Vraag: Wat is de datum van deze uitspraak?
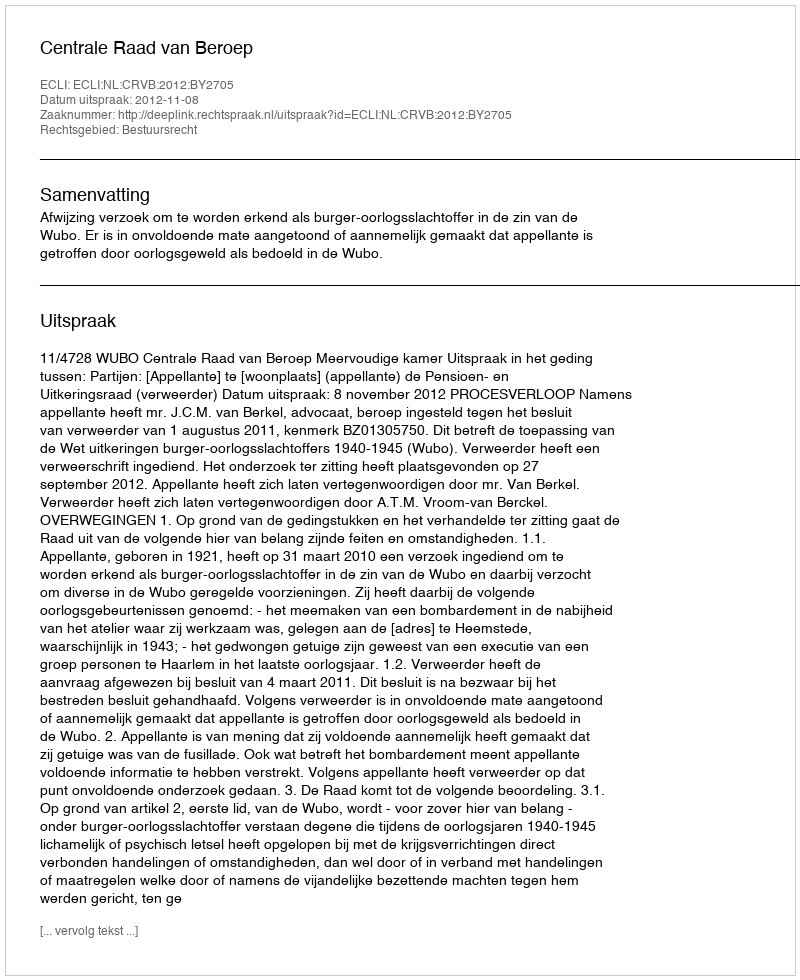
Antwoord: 2012-11-08